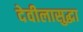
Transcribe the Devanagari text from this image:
देवीलासुद्धा